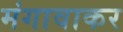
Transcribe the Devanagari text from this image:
मंगावाकर